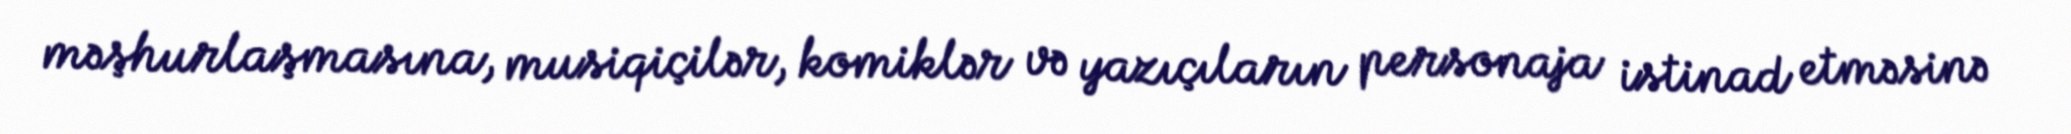
məşhurlaşmasına, musiqiçilər, komiklər və yazıçıların personaja istinad etməsinə